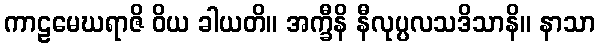
ကာဠမေဃရာဇိ ဝိယ ခါယတိ။ အက္ခီနိ နီလုပ္ပလသဒိသာနိ။ နာသာ